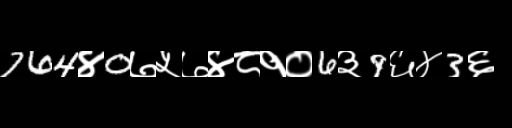
Text: 764४0७५७४८१०6३9६४3६